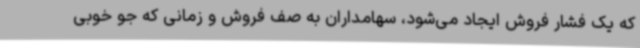
که یک فشار فروش ایجاد می‌شود، سهامداران به صف فروش و زمانی که جو خوبی